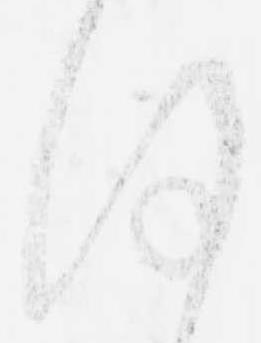
謹